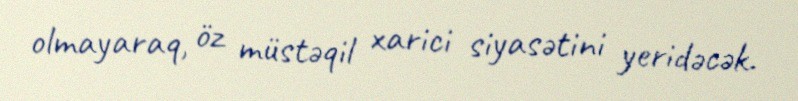
olmayaraq, öz müstəqil xarici siyasətini yeridəcək.